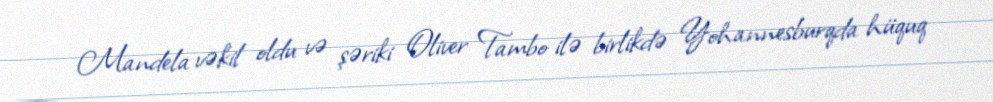
Mandela vəkil oldu və şəriki Oliver Tambo ilə birlikdə Yohannesburqda hüquq